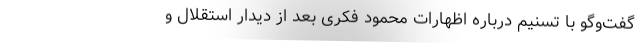
گفت‌وگو با تسنیم درباره اظهارات محمود فکری بعد از دیدار استقلال و